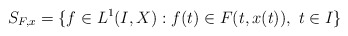
\begin{align*}S_{F,x}=\{f\in L^1(I,X):f(t)\in F(t,x(t)),\ t\in I\}\end{align*}